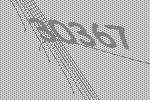
30367